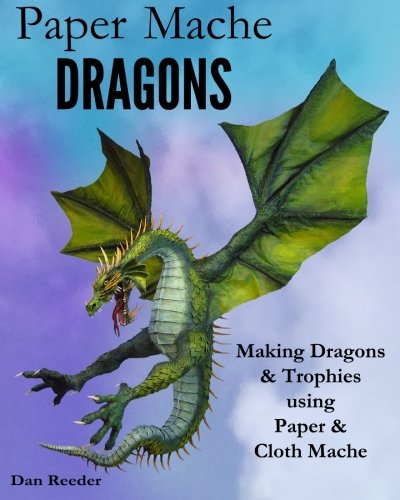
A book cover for Paper Mache Dragons: Making Dragons & Trophies using Paper & Cloth Mache; Dan Reeder; Arts & Photography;